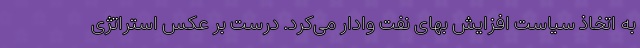
به اتخاذ سیاست افزایش بهای نفت وادار می‌کرد. درست بر عکس استراتژی